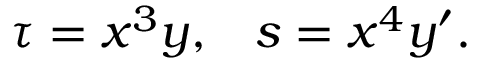
\tau = x ^ { 3 } y , \; \; \; s = x ^ { 4 } y ^ { \prime } .